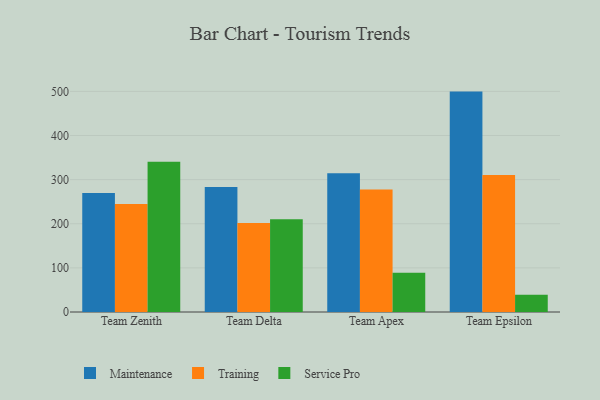
{"axis": {"x": "Team", "y": "Budget (USD K)"}, "legend": ["Maintenance", "Service Pro", "Training"], "data": [{"x": "Team Zenith", "y": 269.9, "type": "Maintenance"}, {"x": "Team Zenith", "y": 244.9, "type": "Training"}, {"x": "Team Zenith", "y": 340.6, "type": "Service Pro"}, {"x": "Team Delta", "y": 283.5, "type": "Maintenance"}, {"x": "Team Delta", "y": 201.7, "type": "Training"}, {"x": "Team Delta", "y": 210.2, "type": "Service Pro"}, {"x": "Team Apex", "y": 314.7, "type": "Maintenance"}, {"x": "Team Apex", "y": 277.8, "type": "Training"}, {"x": "Team Apex", "y": 88.7, "type": "Service Pro"}, {"x": "Team Epsilon", "y": 499.5, "type": "Maintenance"}, {"x": "Team Epsilon", "y": 310.6, "type": "Training"}, {"x": "Team Epsilon", "y": 39.1, "type": "Service Pro"}]}